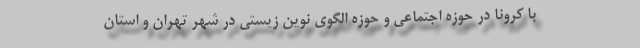
با کرونا در حوزه اجتماعی و حوزه الگوی نوین زیستی در شهر تهران و استان